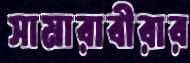
সামারাবীরার